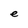
Character: e